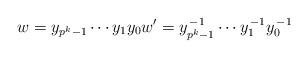
LaTeX: \begin{align*} w = y_{p^k-1}\cdots y_1y_0 w' = y_{p^k-1}^{\, -1} \cdots y_1^{\, -1} y_0^{\, -1} \end{align*}